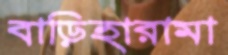
বাড়িহারামা